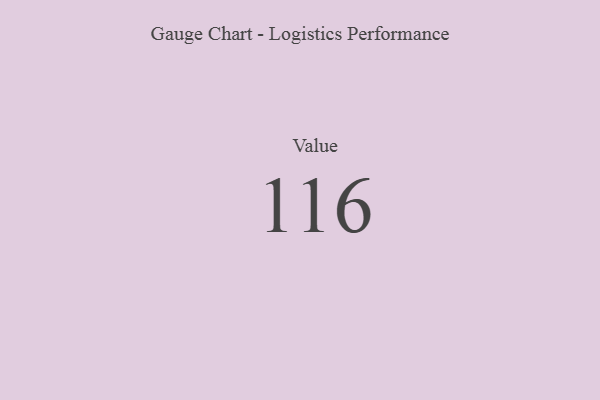
{"axis": {"x": "Metric", "y": "Value"}, "legend": [""], "data": [{"x": "Value", "y": 116, "type": ""}]}